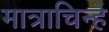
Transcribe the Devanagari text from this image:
मात्राचिन्हे